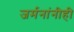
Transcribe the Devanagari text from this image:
जर्मनांनीही